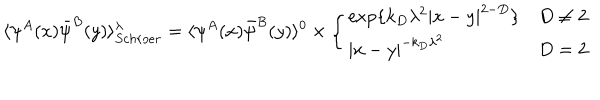
LaTeX: \langle \psi ^ { A } ( x ) \bar { \psi } ^ { B } ( y ) \rangle _ { S c h r o e r } ^ { \lambda } = \langle \psi ^ { A } ( x ) \bar { \psi } ^ { B } ( y ) \rangle ^ { 0 } \times \left\{ \begin{array} { l l } { { \exp \{ k _ { D } \lambda ^ { 2 } | x - y | ^ { 2 - D } \} } } & { { D \neq 2 } } \\ { { | x - y | ^ { - k _ { D } \lambda ^ { 2 } } } } & { { D = 2 } } \\ \end{array} \right.